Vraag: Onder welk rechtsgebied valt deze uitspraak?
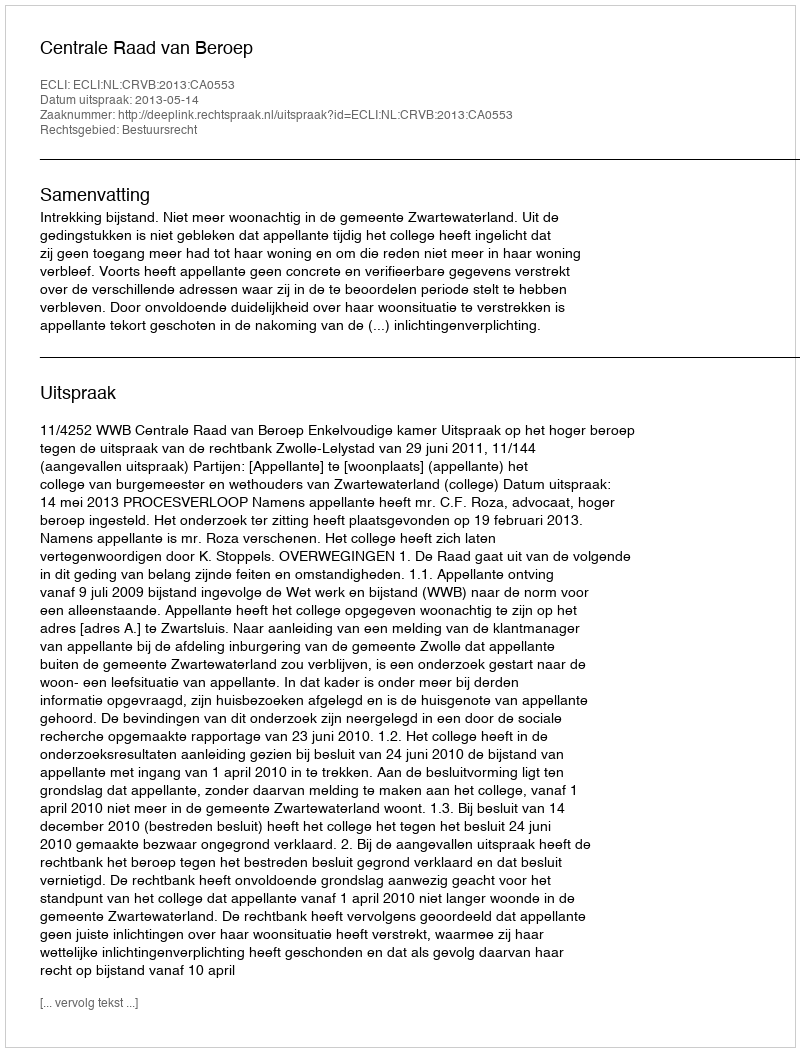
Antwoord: Bestuursrecht